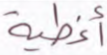
أغطية